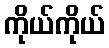
ကိုယ်ကိုယ်